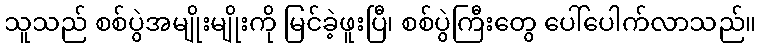
သူသည် စစ်ပွဲအမျိုးမျိုးကို မြင်ခဲ့ဖူးပြီ၊ စစ်ပွဲကြီးတွေ ပေါ်ပေါက်လာသည်။